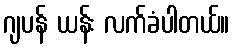
ဂျပန် ယန်း လက်ခံပါတယ်။